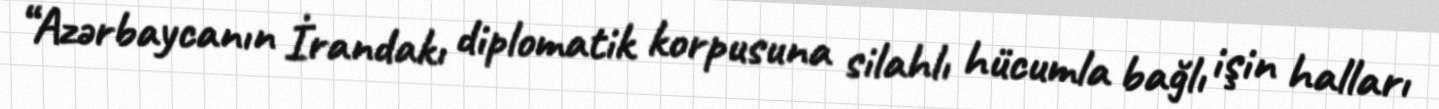
“Azərbaycanın İrandakı diplomatik korpusuna silahlı hücumla bağlı işin halları